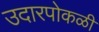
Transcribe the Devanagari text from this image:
उदारपोकळी